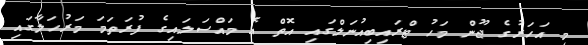
މި އަހަރުގެ ޖޫން މަހު ޓްރައިބިއުނަލްގައި އޮތް އެ މައްސަލައިގެ ފުރަތަމަ މަރުހަލާގައި